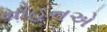
મોહનએ